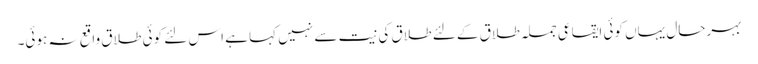
بہرحال یہاں کوئی ایقاعی جملہ طلاق کے لئے طلاق کی نیت سے نہیں کہا ہے اس لئے کوئی طلاق واقع نہ ہوئی۔